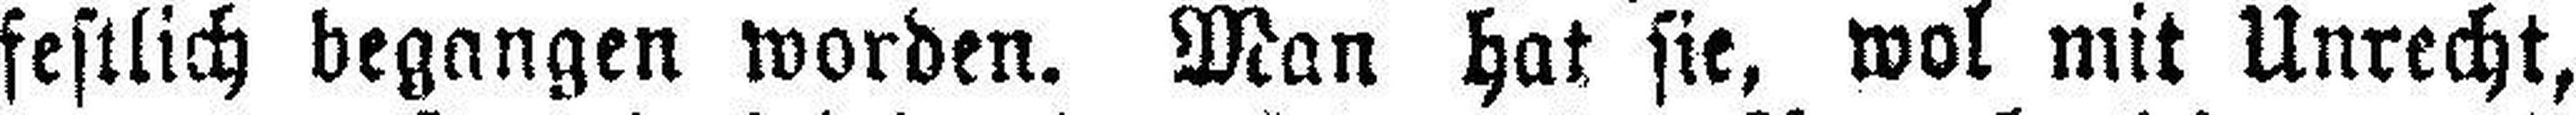
festlich begangen worden. Man hat sie, wol mit Unrecht,